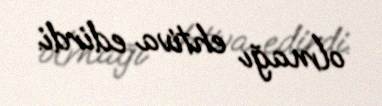
olmağı ehtiva edirdi.